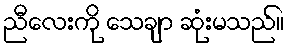
ညီလေးကို သေချာ ဆုံးမသည်။